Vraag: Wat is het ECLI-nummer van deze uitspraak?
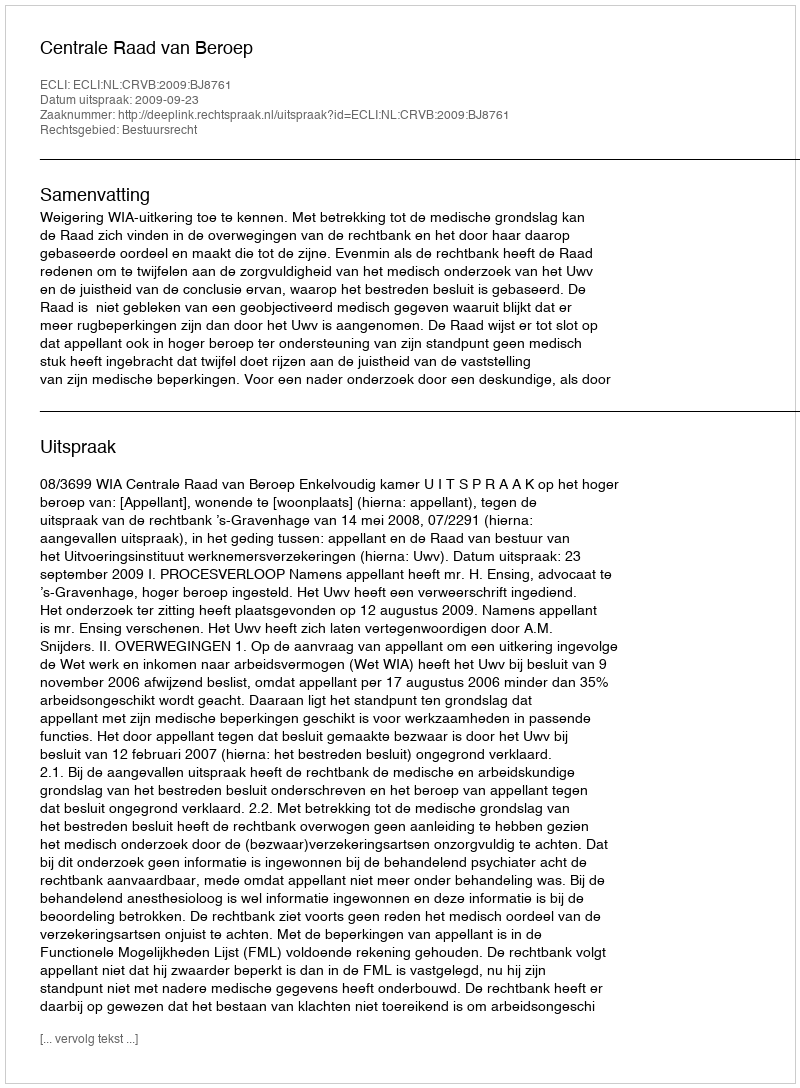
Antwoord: ECLI:NL:CRVB:2009:BJ8761